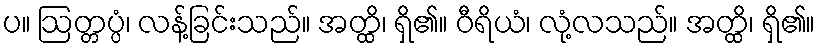
ပ။ ဩတ္တပ္ပံ၊ လန့်ခြင်းသည်။ အတ္ထိ၊ ရှိ၏။ ဝီရိယံ၊ လုံ့လသည်။ အတ္ထိ၊ ရှိ၏။